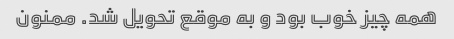
همه چیز خوب بود و به موقع تحویل شد. ممنون